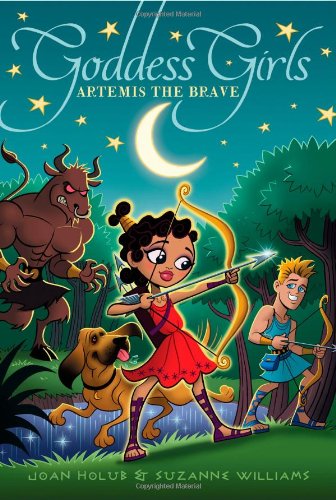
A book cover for Artemis the Brave (Goddess Girls); Joan Holub; Children's Books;